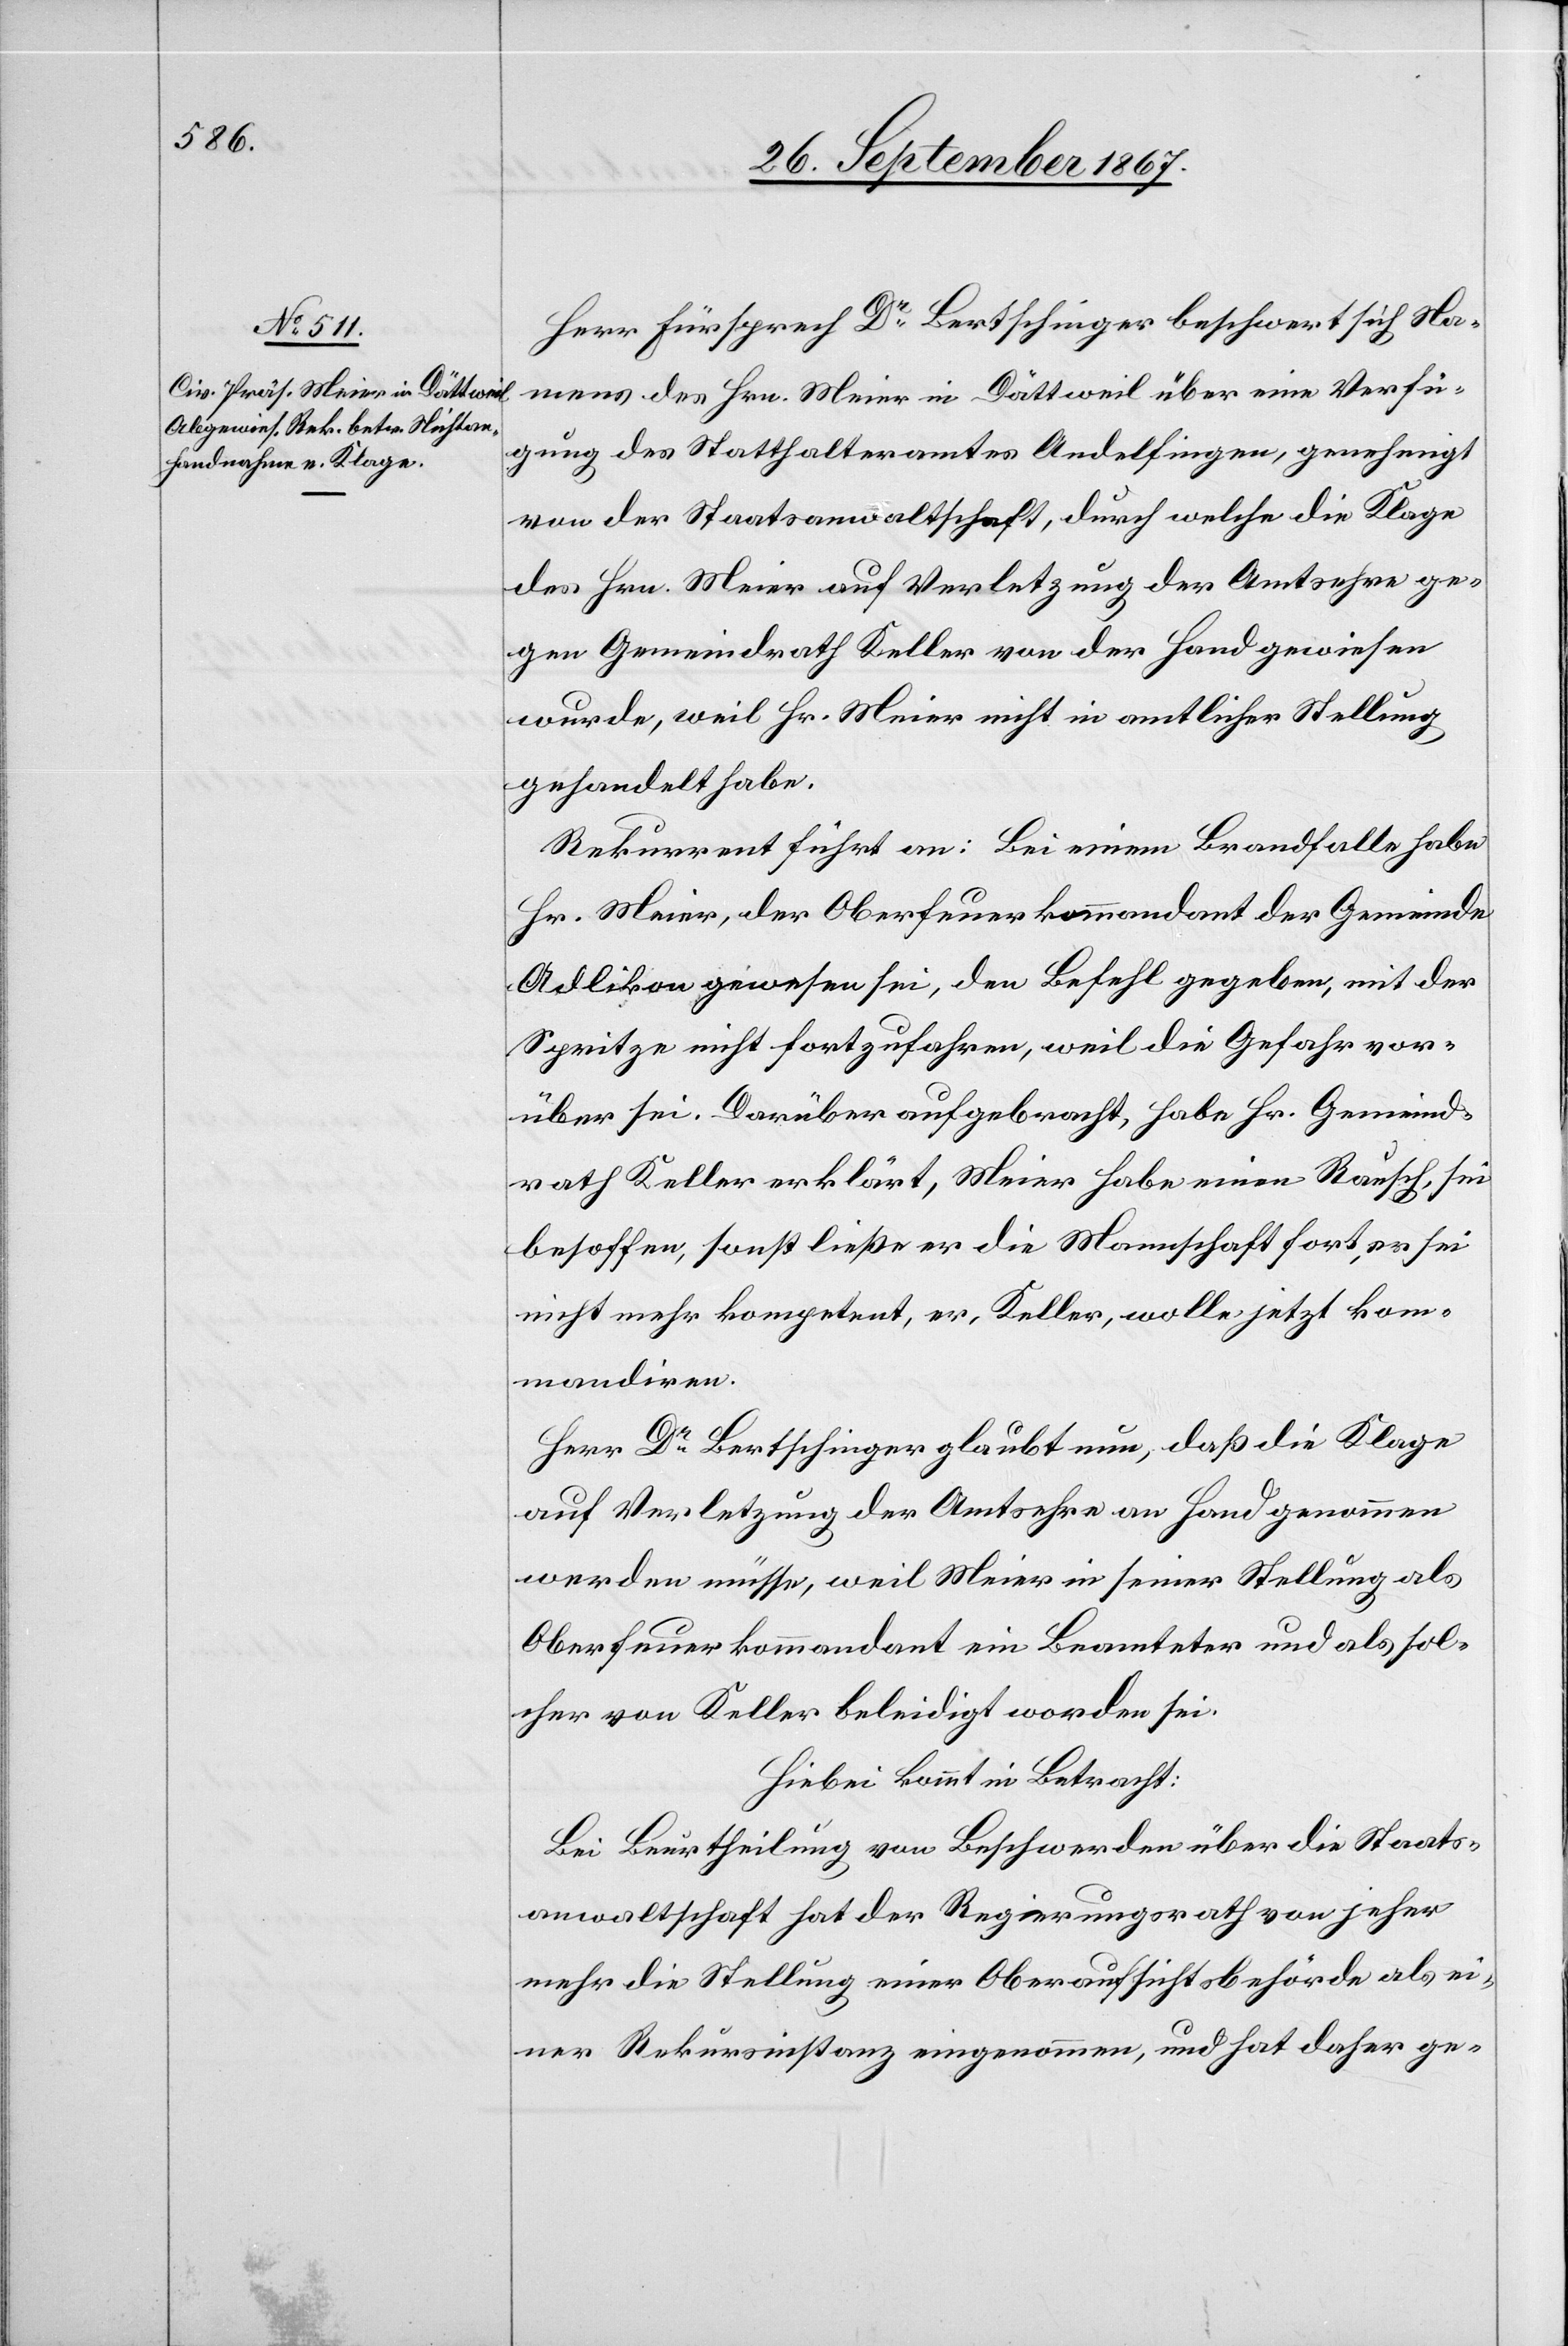
Herr Fürsprech Dr. Bertschinger beschwert sich Na¬
mens des Hrn. Meier in Dättweil über eine Verfü¬
gung des Statthalteramtes Andelfingen, genehmigt
von der Staatsanwaltschaft, durch welche die Klage
des Hrn. Meier auf Verletzung der Amtsehre ge¬
gen Gemeindrath Keller von der Hand gewiesen
wurde, weil Hr. Meier nicht in amtlicher Stellung
gehandelt habe.
Rekurrent führt an: Bei einem Brandfalle habe
Hr. Meier, der Oberfeuerkommandant der Gemeinde
Adlikon gewesen sei, den Befehl gegeben, mit der
Spritze nicht fortzufahren, weil die Gefahr vor¬
handen sei [sic!]. Darüber aufgebracht, habe Hr. Gemeind¬
rath Keller erklärt, Meier habe einen Rausch, sei
besoffen, sonst ließe er die Mannschaft fort, er sei
nicht mehr kompetent, er, Keller, wolle jetzt kom¬
mandiren.
Herr Dr. Bertschinger glaubt nun, daß die Klage
auf Verletzung der Amtsehre an Hand genommen
werden müsse, weil Meier in seiner Stellung als
Oberfeuerkommandant ein Beamteter und als sol¬
cher von Keller beleidigt worden sei.
Hiebei kommt in Betracht:
Bei Beurtheilung von Beschwerden über die Staats¬
anwaltschaft hat der Regierungsrath von jeher
mehr die Stellung einer Oberaufsichtsbehörde als ei¬
ner Rekursinstanz eingenommen, und hat daher ge-